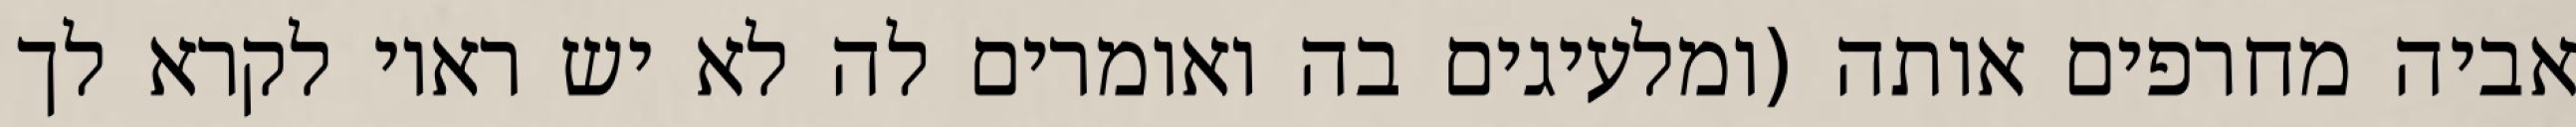
אביה מחרפים אותה (ומלעיגים בה ואומרים לה לא יש ראוי לקרא לך